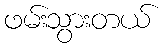
ဖမ်းသွားတယ်